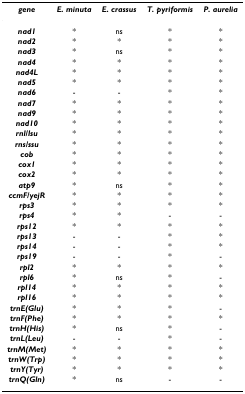
| gene | E. minuta | E. crassus | T. pyriformis | P. aurelia |
 | --- | --- | --- | --- | --- |
 | nad1 | * | ns | * | * |
 | nad2 | * | * | * | * |
 | nad3 | * | ns | * | * |
 | nad4 | * | * | * | * |
 | nad4L | * | * | * | * |
 | nad5 | * | * | * | * |
 | nad6 | - | - | * | * |
 | nad7 | * | * | * | * |
 | nad9 | * | * | * | * |
 | nad10 | * | * | * | * |
 | rnl/lsu | * | * | * | * |
 | rns/ssu | * | * | * | * |
 | cob | * | * | * | * |
 | cox1 | * | * | * | * |
 | cox2 | * | * | * | * |
 | atp9 | * | ns | * | * |
 | ccmF/yejR | * | * | * | * |
 | rps3 | * | * | * | * |
 | rps4 | * | * | - | - |
 | rps12 | * | * | * | * |
 | rps13 | - | - | * | * |
 | rps14 | - | - | * | * |
 | rps19 | - | - | * | - |
 | rpl2 | * | * | * | * |
 | rpl6 | * | ns | * | - |
 | rpl14 | * | * | * | * |
 | rpl16 | * | * | * | * |
 | trnE(Glu) | * | * | * | - |
 | trnF(Phe) | * | * | * | * |
 | trnH(His) | * | ns | * | - |
 | trnL(Leu) | - | - | * | - |
 | trnM(Met) | * | * | * | * |
 | trnW(Trp) | * | * | * | * |
 | trnY(Tyr) | * | * | * | * |
 | trnQ(Gln) | * | ns | - | - |